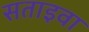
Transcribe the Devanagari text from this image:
सताइवा